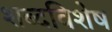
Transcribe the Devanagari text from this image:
शब्दविशेष